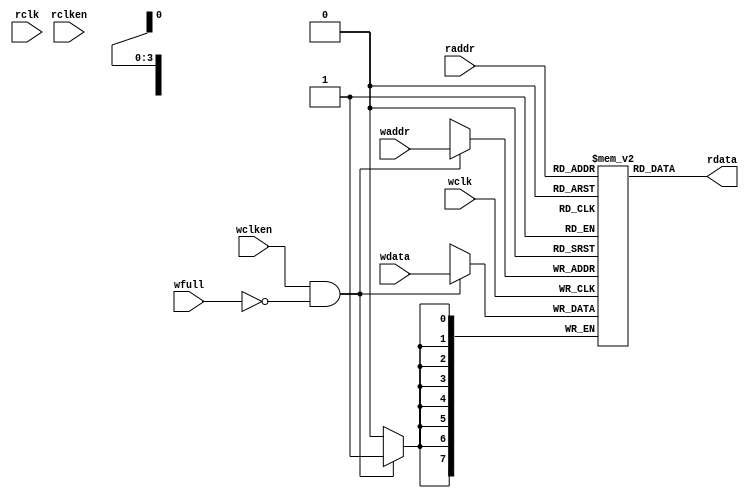
module fifomem

    #(
        parameter  DATASIZE = 8,    // Memory data word width
        parameter  ADDRSIZE = 4,    // Number of mem address bits
        parameter  FALLTHROUGH = "TRUE" // First word fall-through
    ) (
        input  wire                wclk,
        input  wire                wclken,
        input  wire [ADDRSIZE-1:0] waddr,
        input  wire [DATASIZE-1:0] wdata,
        input  wire                wfull,
        input  wire                rclk,
        input  wire                rclken,
        input  wire [ADDRSIZE-1:0] raddr,
        output wire [DATASIZE-1:0] rdata
    );

    localparam DEPTH = 1<<ADDRSIZE;

    reg [DATASIZE-1:0] mem [0:DEPTH-1];
    reg [DATASIZE-1:0] rdata_r;

    always @(posedge wclk) begin
        if (wclken && !wfull)
            mem[waddr] <= wdata;
    end

    generate
        if (FALLTHROUGH == "TRUE")
        begin : fallthrough
            assign rdata = mem[raddr];
        end
        else
        begin : registered_read
            always @(posedge rclk) begin
                if (rclken)
                    rdata_r <= mem[raddr];
            end
            assign rdata = rdata_r;
        end
    endgenerate

endmodule